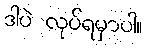
ဒါပဲ လုပ်ရမှာပါ။